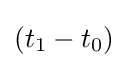
(t_{1}-t_{0})